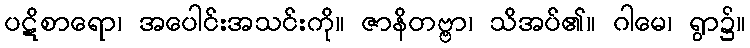
ပဋိစာရော၊ အပေါင်းအသင်းကို။ ဇာနိတဗ္ဗာ၊ သိအပ်၏။ ဂါမေ၊ ရွာ၌။